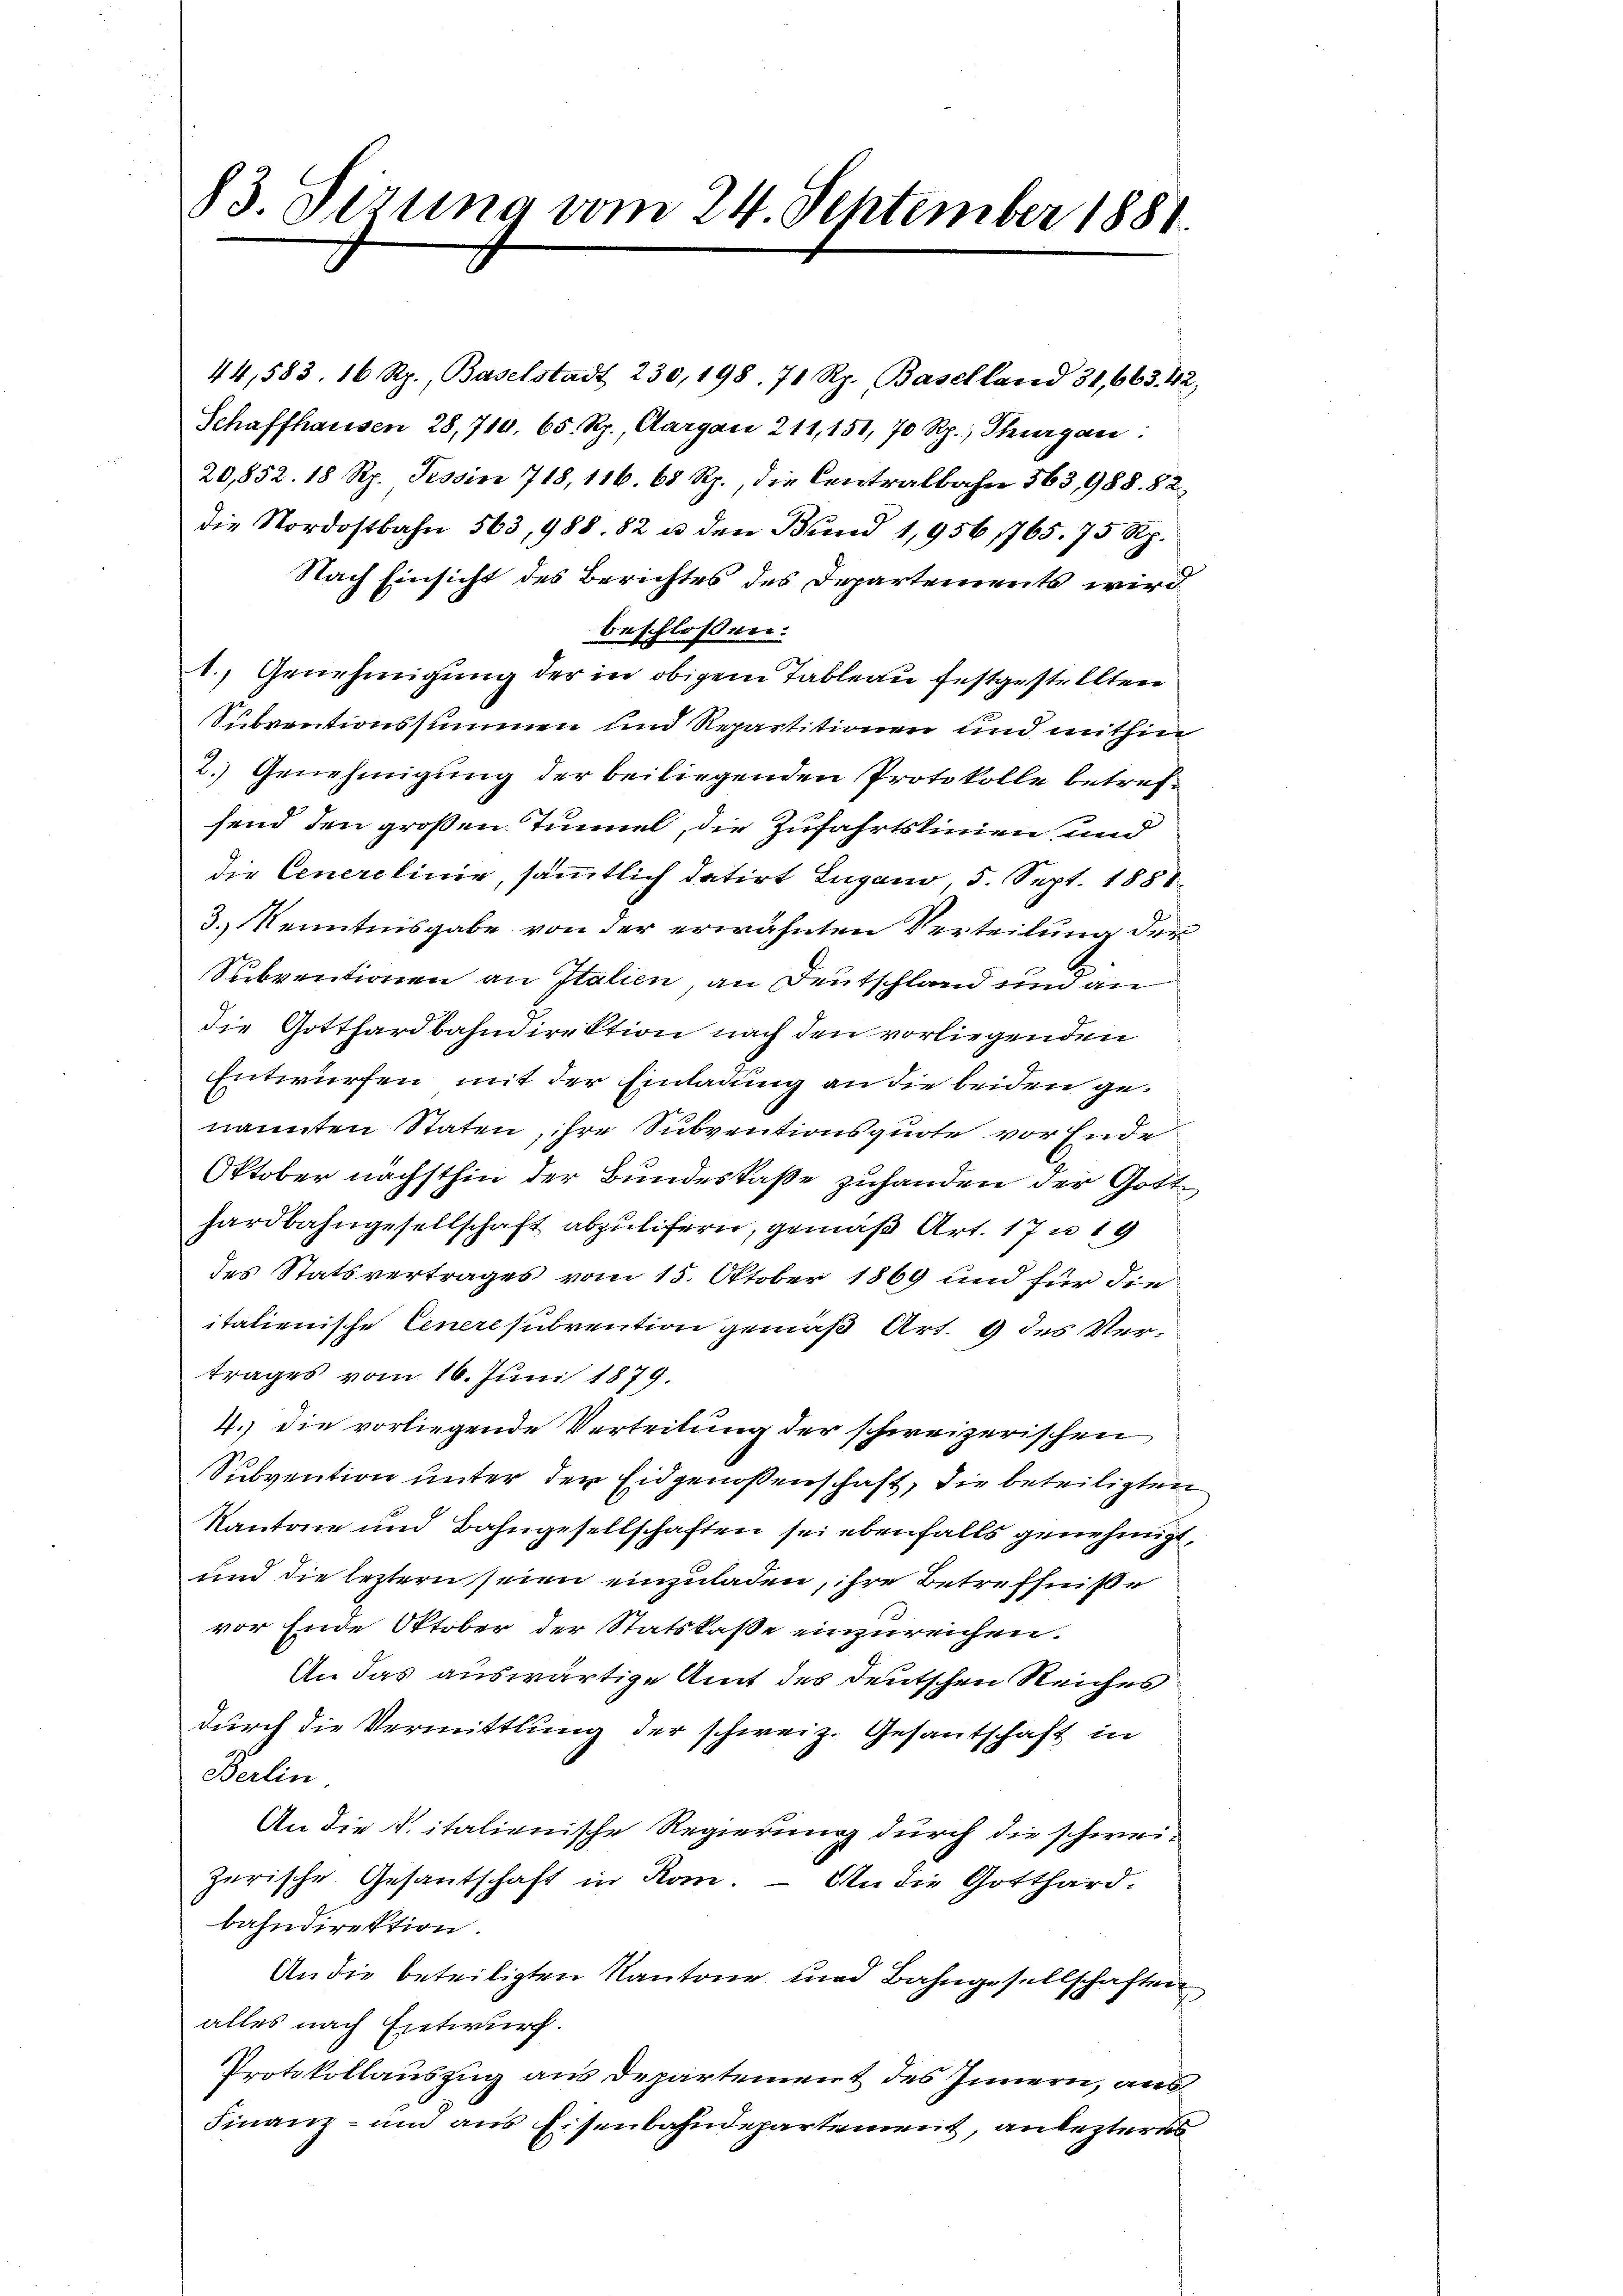
83. Sirung vom 24. September 1881.

3.) Kenntnisgabe von der erwähnten Verteilung der
Subventionen an Italien, an Deutschland und an
die Gotthardbahndirektion nach den vorliegenden
Entwürfen mit der Einladung an die beiden genannten Staten, ihre Subventionsquote vor Ende
Oktober nächsthin der Bundeskaße zuhanden der Gott
hardbahngesellschaft abzulifern, gemäß Art. 17 u. 19
des Statsvertrages vom 15. Oktober 1869 und für die
italienische Ceneresubvention gemäß Art. 9 des Vertrages vom 16. Juni 1879.
4.) die vorliegende Verteilung der schweizerischen
Subvention unter der Eidgenoßenschaft, die beteiligten
Kantone und Bahngesellschaften sei ebenfalls genehmigt
und die leztern seien einzuladen, ihre Betreffniße
vor Ende Oktober der Statskaße einzureichen.
An das auswärtige Amt des deutschen Reiches
durch die Vermittlung der schweiz. Gesantschaft in
Berlin.
An die k. italienische Regierung durch die schweizerische. Gesantschaft in Rom. — An die Gotthard-
bahndirektion.
An die beteiligten Kantone und Bahngesellschaften
alles nach Entwurf.
Protokollauszug aus Departement des Innern, aus
Finanz- und aus Eisenbahndepartement, anlezteres

44,583. 16 Rp., Baselstadt 230, 198. 71 Rp. Baselland 31, 663. 42,
Schaffhausen 28, 710. 65. Rp., Aargau 211, 151, 70 Rp.) Thurgau:
20,852. 18 Rp. Tessin 718, 116. 68 Rp., die Centralbahn 563, 988. 82
die Nordostbahn 563, 988. 82 u. den Bund 1,956 1765. 75 Rp.
Nach Einsicht des Berichtes des Departements wird
beschlossen:
1.) Genehmigung der in obigem Tableau festgestellten
Subventionssummen und Repartitionen und mithin
2.) Genehmigung der beiliegenden Protokolle betrefsend den großen Tunnel, die Zufahrtslinien und
die Cenerelinie, sämmtlich datirt Lugano, 5. Sept. 1888.